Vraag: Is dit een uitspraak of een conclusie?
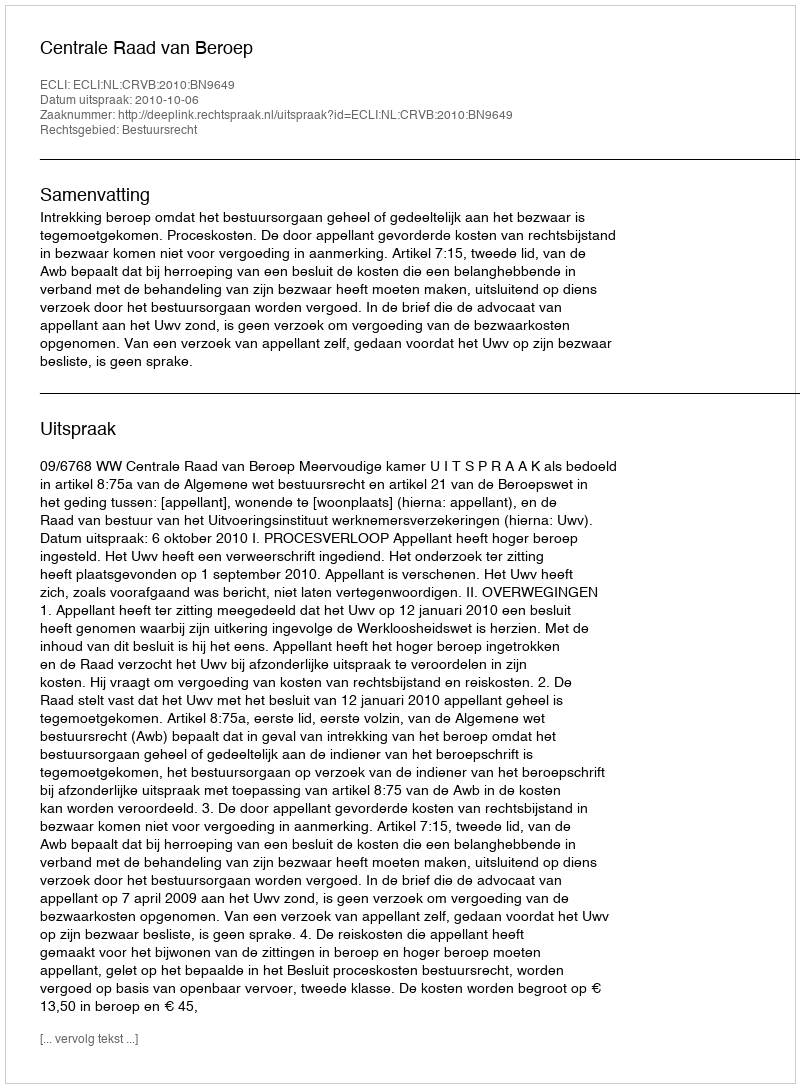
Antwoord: Uitspraak